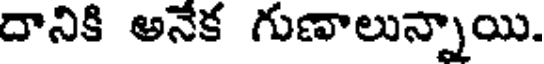
దానికి అనేక గుణాలున్నాయి.